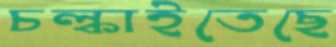
চল্‌কাইতেছে